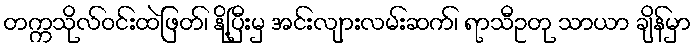
တက္ကသိုလ်ဝင်းထဲဖြတ်၊ နို့ပြီးမှ အင်းလျားလမ်းဆက်၊ ရာသီဥတု သာယာ ချိန်မှာ